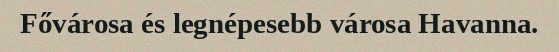
Fővárosa és legnépesebb városa Havanna.